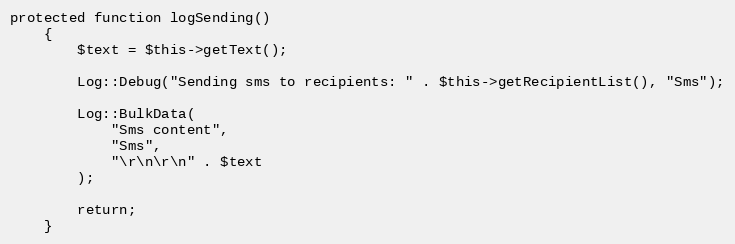
Language: PHP
protected function logSending()
    {
        $text = $this->getText();

        Log::Debug("Sending sms to recipients: " . $this->getRecipientList(), "Sms");

        Log::BulkData(
            "Sms content",
            "Sms",
            "\r\n\r\n" . $text
        );

        return;
    }